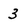
Character: 3